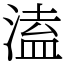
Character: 溘